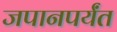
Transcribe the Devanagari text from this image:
जपानपर्यंत